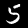
Digit: 5